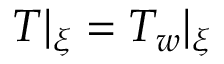
T | _ { \xi } = T _ { w } \vert _ { \xi }